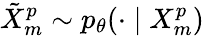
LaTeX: \tilde{X}_{m}^{p}\sim p_{\theta}(\cdot\mid X_{m}^{p})